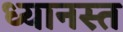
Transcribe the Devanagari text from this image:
ध्यानस्त